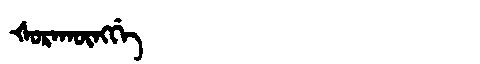
Manchu: ᡧᠣᡵᠠᡴᡡᠩᡤᡝ
Romanization: ŠORAKŪNGGE